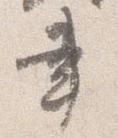
書